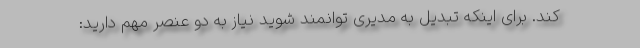
کند. برای اینکه تبدیل به مدیری توانمند شوید نیاز به دو عنصر مهم دارید: